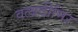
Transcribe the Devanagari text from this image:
वलादीमिर